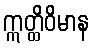
ဣတ္ထိဝိမာန